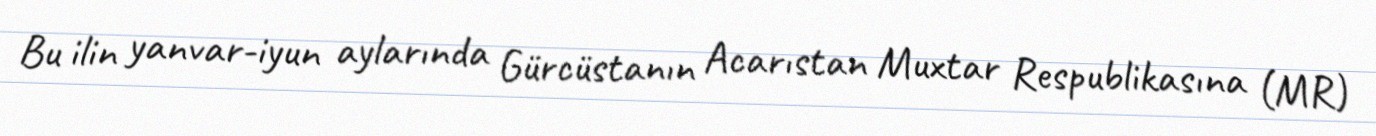
Bu ilin yanvar-iyun aylarında Gürcüstanın Acarıstan Muxtar Respublikasına (MR)